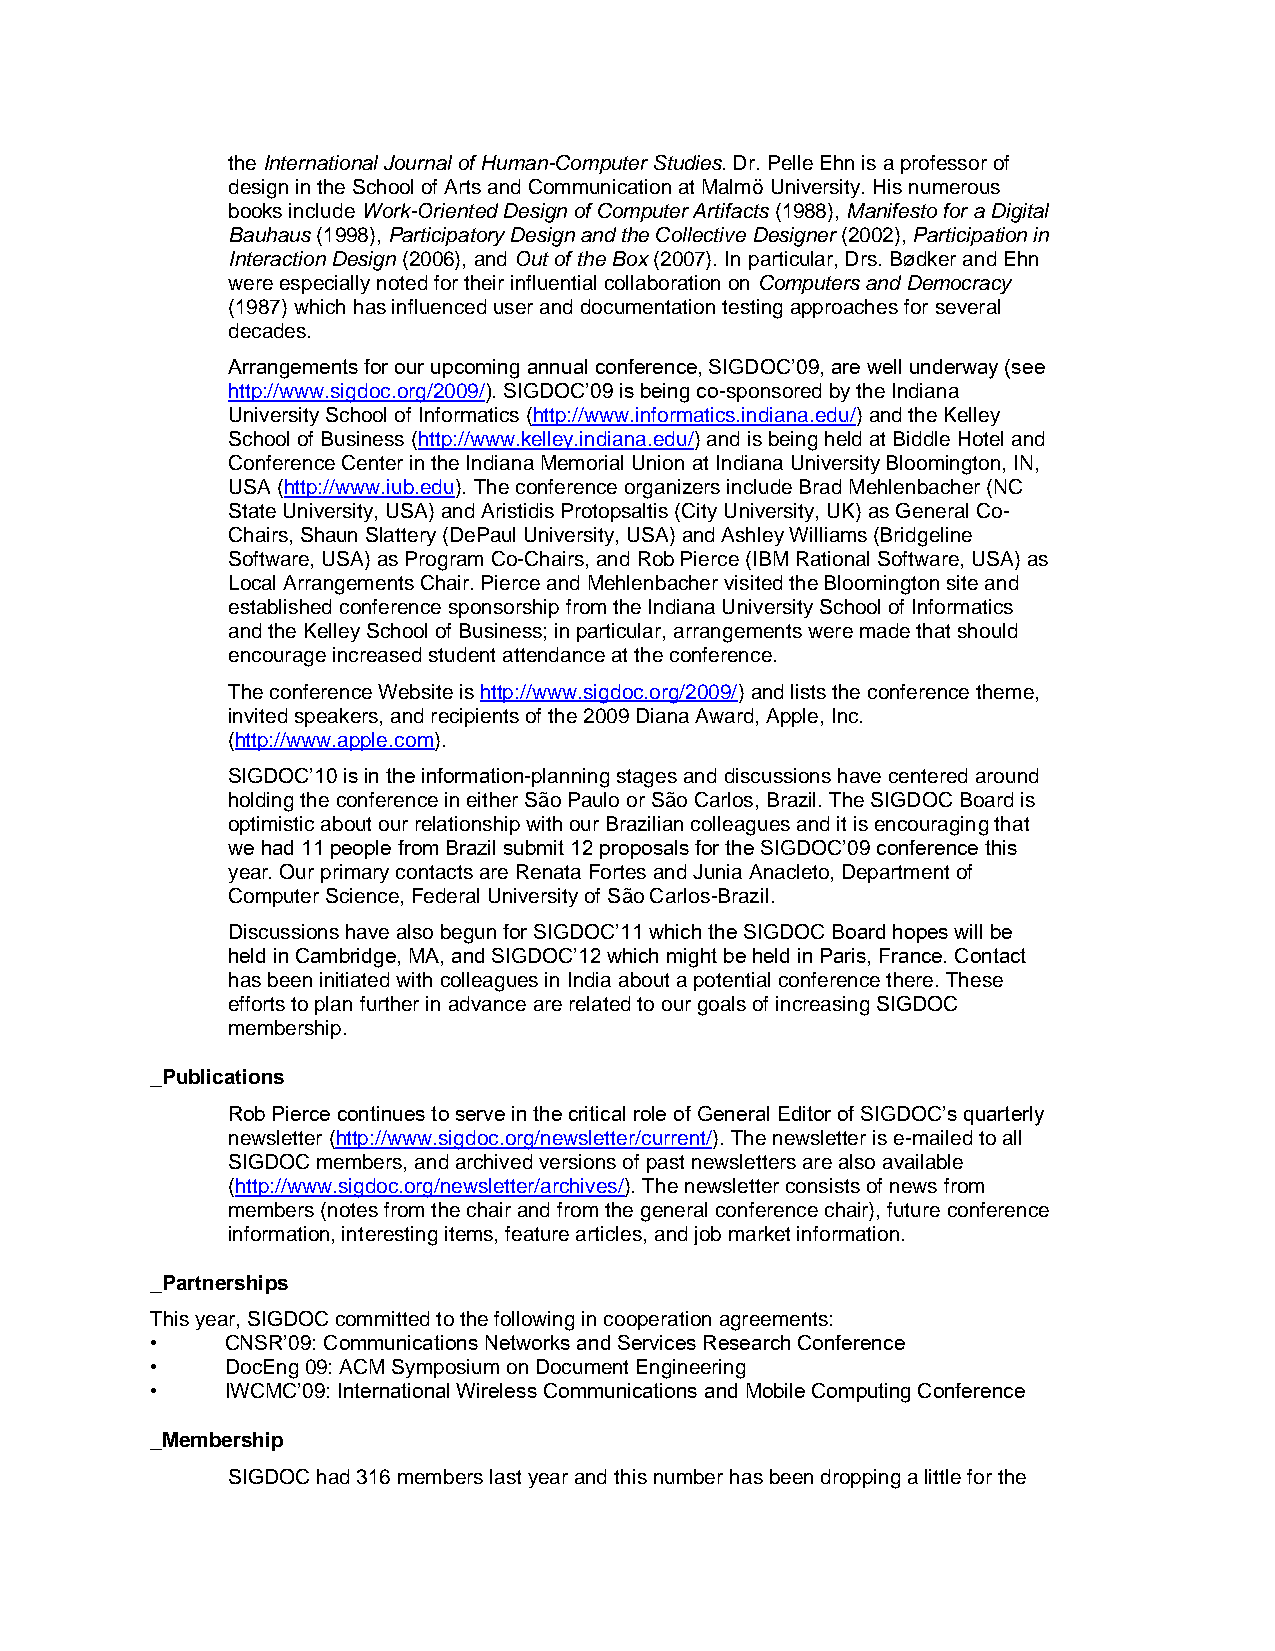
the International Journal of Human-Computer Studies. Dr. Pelle Ehn is a professor of
 design in the School of Arts and Communication at Malmö University. His numerous
 books include Work-Oriented Design of Computer Artifacts (1988), Manifesto for a Digital
 Bauhaus (1998), Participatory Design and the Collective Designer (2002), Participation in
 Interaction Design (2006), and Out of the Box (2007). In particular, Drs. Bødker and Ehn
 were especially noted for their influential collaboration on Computers and Democracy
 (1987) which has influenced user and documentation testing approaches for several
 decades.
 Arrangements for our upcoming annual conference, SIGDOC’09, are well underway (see
 http://www.sigdoc.org/2009/). SIGDOC’09 is being co-sponsored by the Indiana
 University School of Informatics (http://www.informatics.indiana.edu/) and the Kelley
 School of Business (http://www.kelley.indiana.edu/) and is being held at Biddle Hotel and
 Conference Center in the Indiana Memorial Union at Indiana University Bloomington, IN,
 USA (http://www.iub.edu). The conference organizers include Brad Mehlenbacher (NC
 State University, USA) and Aristidis Protopsaltis (City University, UK) as General Co-
 Chairs, Shaun Slattery (DePaul University, USA) and Ashley Williams (Bridgeline
 Software, USA) as Program Co-Chairs, and Rob Pierce (IBM Rational Software, USA) as
 Local Arrangements Chair. Pierce and Mehlenbacher visited the Bloomington site and
 established conference sponsorship from the Indiana University School of Informatics
 and the Kelley School of Business; in particular, arrangements were made that should
 encourage increased student attendance at the conference.
 The conference Website is http://www.sigdoc.org/2009/) and lists the conference theme,
 invited speakers, and recipients of the 2009 Diana Award, Apple, Inc.
 (http://www.apple.com).
 SIGDOC’10 is in the information-planning stages and discussions have centered around
 holding the conference in either São Paulo or São Carlos, Brazil. The SIGDOC Board is
 optimistic about our relationship with our Brazilian colleagues and it is encouraging that
 we had 11 people from Brazil submit 12 proposals for the SIGDOC’09 conference this
 year. Our primary contacts are Renata Fortes and Junia Anacleto, Department of
 Computer Science, Federal University of São Carlos-Brazil.
 Discussions have also begun for SIGDOC’11 which the SIGDOC Board hopes will be
 held in Cambridge, MA, and SIGDOC’12 which might be held in Paris, France. Contact
 has been initiated with colleagues in India about a potential conference there. These
 efforts to plan further in advance are related to our goals of increasing SIGDOC
 membership.
 _Publications
 Rob Pierce continues to serve in the critical role of General Editor of SIGDOC’s quarterly
 newsletter (http://www.sigdoc.org/newsletter/current/). The newsletter is e-mailed to all
 SIGDOC members, and archived versions of past newsletters are also available
 (http://www.sigdoc.org/newsletter/archives/). The newsletter consists of news from
 members (notes from the chair and from the general conference chair), future conference
 information, interesting items, feature articles, and job market information.
 _Partnerships
 This year, SIGDOC committed to the following in cooperation agreements:
 •    CNSR’09: Communications Networks and Services Research Conference
 •    DocEng 09: ACM Symposium on Document Engineering
 •    IWCMC’09: International Wireless Communications and Mobile Computing Conference
 _Membership
 SIGDOC had 316 members last year and this number has been dropping a little for the